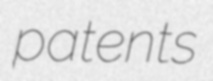
patents